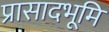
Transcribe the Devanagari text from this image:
प्रासादभूमि